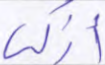
أزكى